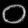
Digit: ၀